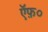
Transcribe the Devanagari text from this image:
ऍफ़०